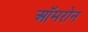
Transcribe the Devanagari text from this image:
ऑमरोन